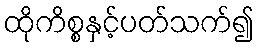
ထိုကိစ္စနှင့်ပတ်သက်၍